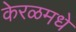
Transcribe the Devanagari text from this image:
केरळमधे